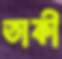
তাকী